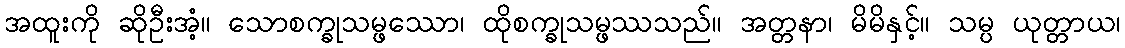
အထူးကို ဆိုဦးအံ့။ သောစက္ခုသမ္ဖဿော၊ ထိုစက္ခုသမ္ဖဿသည်။ အတ္တနာ၊ မိမိနှင့်။ သမ္ပ ယုတ္တာယ၊